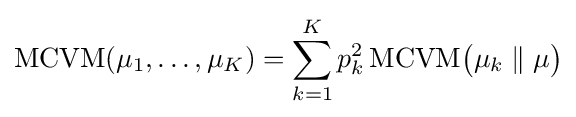
\mathrm {MCVM} (\mu _{1},\dots ,\mu _{K})=\sum _{k=1}^{K}p_{k}^{2}\,\mathrm {MCVM} {\bigl (}\mu _{k}\parallel \mu {\bigr )}